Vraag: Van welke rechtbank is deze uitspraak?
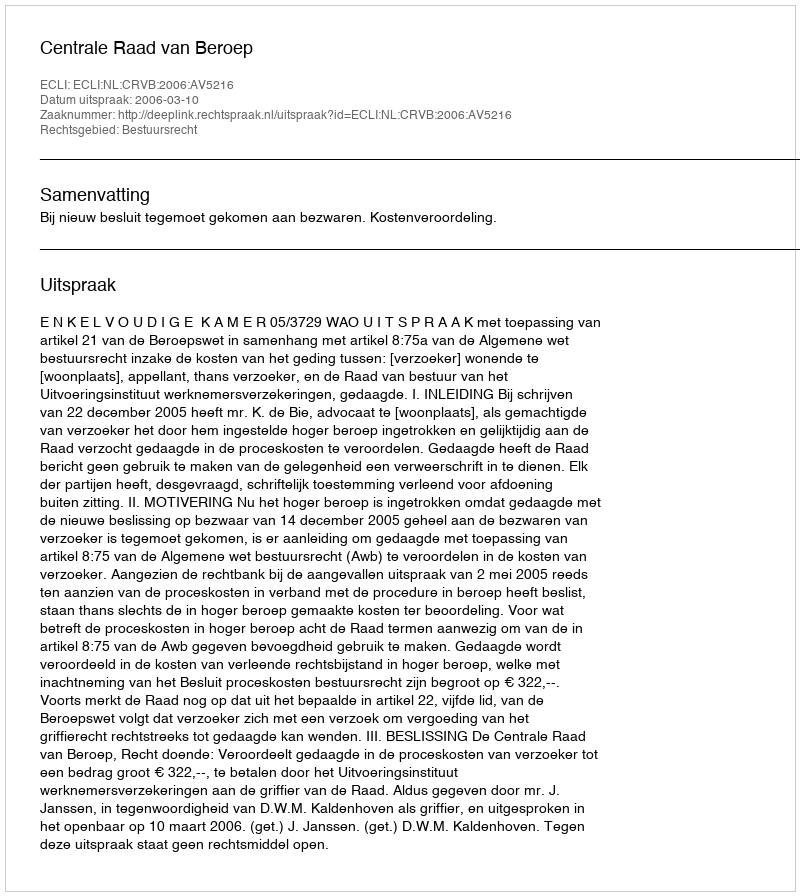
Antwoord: Centrale Raad van Beroep